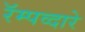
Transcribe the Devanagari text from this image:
रॅम्पव्दारे